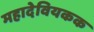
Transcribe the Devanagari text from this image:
महादेवियकक